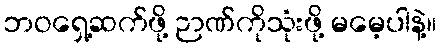
ဘဝရှေ့ဆက်ဖို့ ဉာဏ်ကိုသုံးဖို့ မမေ့ပါနဲ့။